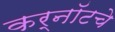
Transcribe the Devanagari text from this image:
कर्नॉटचे